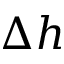
\Delta h